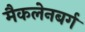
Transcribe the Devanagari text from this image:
मैकलेनबर्ग